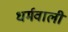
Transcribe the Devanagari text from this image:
धर्मवाली